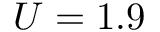
U = 1 . 9